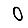
Digit: 0